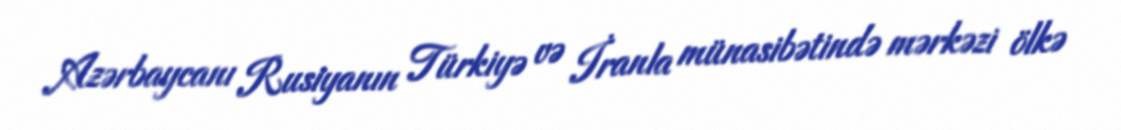
Azərbaycanı Rusiyanın Türkiyə və İranla münasibətində mərkəzi ölkə